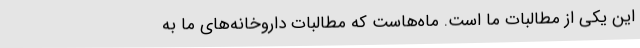
این یکی از مطالبات ما است. ماه‌هاست که مطالبات داروخانه‌های ما به